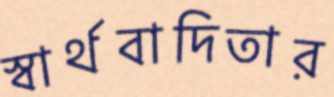
স্বার্থবাদিতার